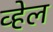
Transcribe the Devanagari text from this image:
व्‍हेल